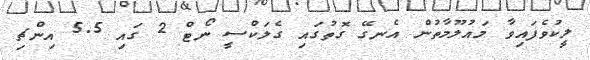
ލީކުވެފައިވާ މައުލޫމާތުން އެނގޭ ގޮތުގައި ގެލަކްސީ ނޯޓް 2 ގައި 5.5 އިންޗި